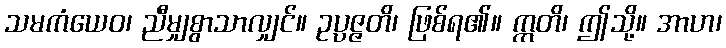
သမကံယေဝ၊ ညီမျှစွာသာလျှင်။ ဥပ္ပဇ္ဇတိ၊ ဖြစ်ရ၏။ ဣတိ၊ ဤသို့။ အာဟ၊